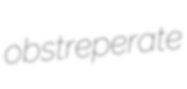
obstreperate